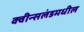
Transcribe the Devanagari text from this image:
क्वीन्सलंडमधील